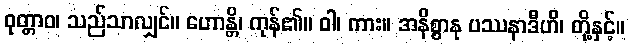
ဝုတ္တာဝ၊ သည်သာလျှင်။ ဟောန္တိ၊ ကုန်၏။ ဝါ၊ ကား။ အနိစ္စာနု ပဿနာဒီဟိ၊ တို့နှင့်။